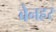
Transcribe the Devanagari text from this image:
बेनहर